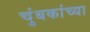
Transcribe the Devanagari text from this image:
चुंबकांच्या